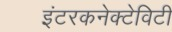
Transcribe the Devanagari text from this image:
इंटरकनेक्टेविटी